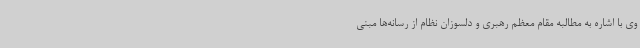
وی با اشاره به مطالبه مقام معظم رهبری و دلسوزان نظام از رسانه‌ها مبنی